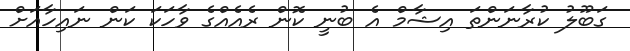
ގަބޫލު ކުރާނަންތަ އިޝާމް އެ ބުނީ ކޮން ރެއެއްގެ ވާހަކަ ކަން ނައިހާއަށް